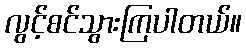
လွင့်စင်သွားကြပါတယ်။